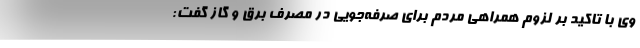
وی با تاکید بر لزوم همراهی مردم برای صرفه‌جویی در مصرف برق و گاز گفت: